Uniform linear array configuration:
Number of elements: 4
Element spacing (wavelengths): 0.75
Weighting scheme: uniform
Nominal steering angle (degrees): -30
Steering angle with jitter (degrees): -28.201
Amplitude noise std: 0.05
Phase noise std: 0.05

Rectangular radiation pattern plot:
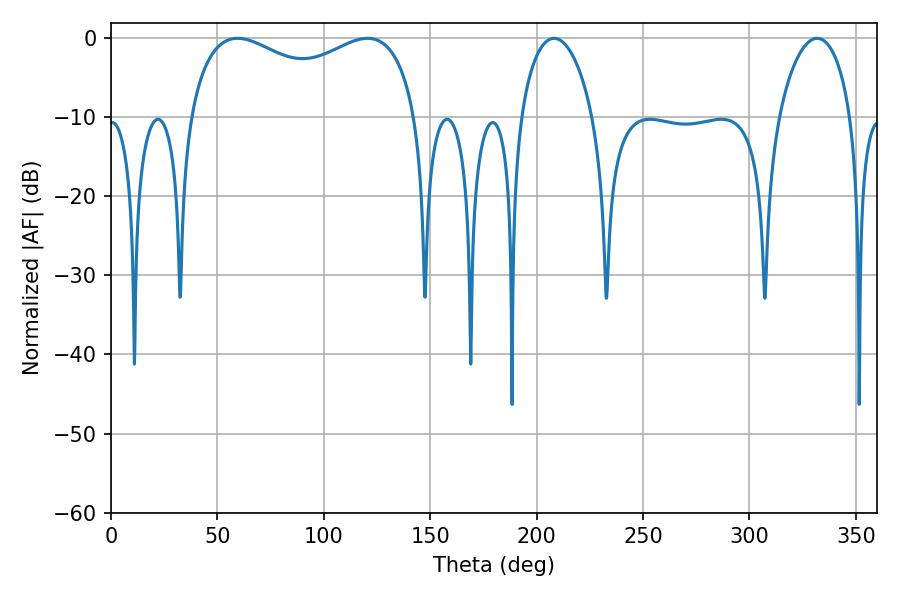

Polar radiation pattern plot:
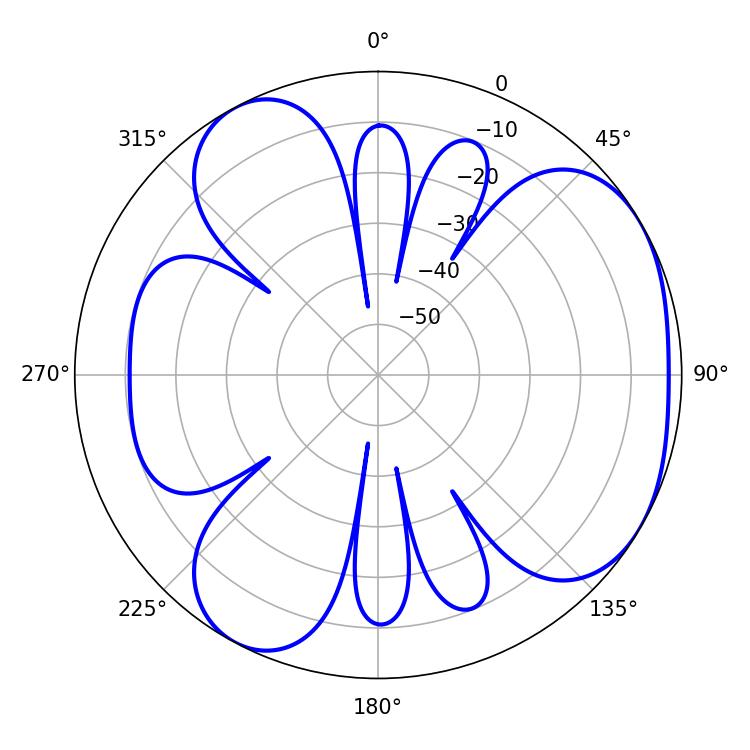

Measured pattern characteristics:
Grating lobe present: TRUE
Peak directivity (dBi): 4.4
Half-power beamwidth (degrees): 88.92
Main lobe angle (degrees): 59.4